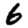
Digit: 6